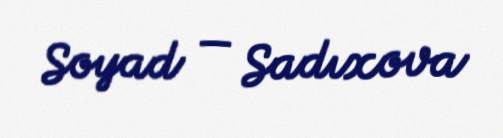
Soyad — Sadıxova